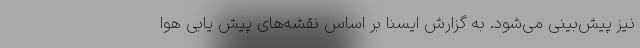
نیز پیش‌بینی می‌شود. به گزارش ایسنا بر اساس نقشه‌های پیش یابی هوا